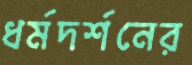
ধর্মদর্শনের